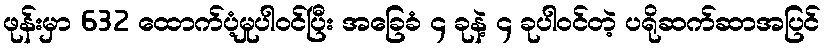
ဖုန်းမှာ 632 ထောက်ပံ့မှုပါဝင်ပြီး အခြေခံ ၄ ခုနဲ့ ၄ ခုပါဝင်တဲ့ ပရိုဆက်ဆာအပြင်